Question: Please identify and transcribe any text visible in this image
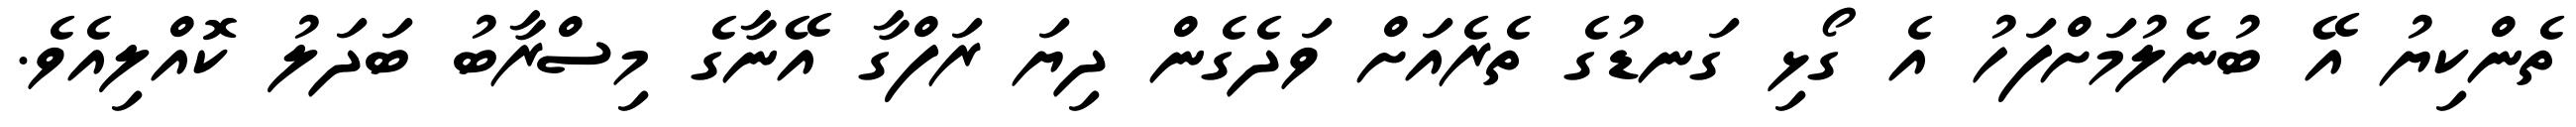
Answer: ތެންކިޔު އޭ ބުނެލުމަށްފަހު އެ ގޯޅި ގަނޑުގެ ތެރެއަށް ވަދެގެން ދިޔަ ރަފްގާ އޭނާގެ މިސްރާބު ބަދަލު ކޮއްލިއެވެ.